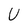
Character: U